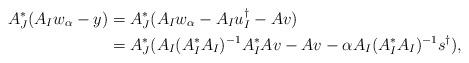
LaTeX: \begin{align*} \begin{aligned} A_J^*(A_Iw_\alpha-y) &= A_J^*(A_Iw_\alpha-A_Iu_I^\dagger-Av)\\ &= A_J^*(A_I(A_I^*A_I)^{-1}A_I^*Av-Av-\alpha A_I(A_I^*A_I)^{-1}s^\dagger), \end{aligned} \end{align*}